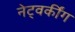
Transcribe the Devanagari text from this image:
नेट्वर्कींग